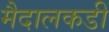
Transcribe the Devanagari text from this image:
मैदालकडी